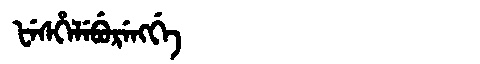
Manchu: ᡶᡝᠰᡥᡝᠯᡝᠪᡠᡵᡝᠩᡤᡝ
Romanization: FESHELEBURENGGE